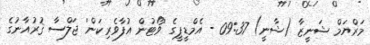
މަރްޔަމް ޝަނީޒާ (ޝާނީ) 09:37 - އެމްޑީޕީގެ 'ވޯޓުން އުފާވެރިކަން' ޖަލްސާ ޤުރުއާނުގެ